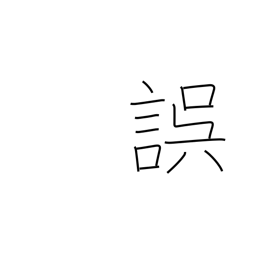
Meaning: err